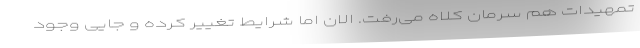
تمهیدات هم سرمان کلاه می‌رفت. الان اما شرایط تغییر کرده و جایی وجود